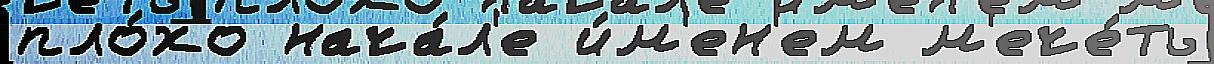
пло́хо нача́л'е и́м'ен'ем м'ече́ть